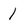
Character: 1